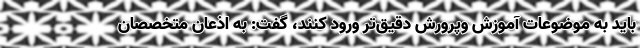
باید به موضوعات آموزش وپرورش دقیق‌تر ورود کنند، گفت: به اذعان متخصصان